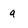
Character: a